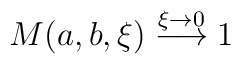
M(a,b,\xi) \stackrel{\xi\rightarrow 0}{\longrightarrow} 1